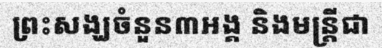
ព្រះសង្ឃចំនួន៣អង្គ និងមន្ត្រីជា